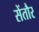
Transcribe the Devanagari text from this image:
सेंतौर